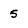
Character: 5